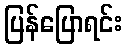
ပြန်ပြောရင်း